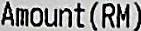
AMOUNT(RM)